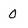
Character: O